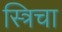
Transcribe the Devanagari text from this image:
स्त्रिचा